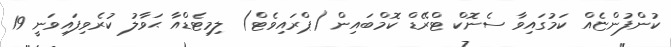
ކުންފުންޏެއް ކަމުގައިވާ ސެނޮކް ޓްރޭޑް ކޮމްބައިން (ޕްރައިވެޓް) ލިމިޓެޑްއާ ޙަވާލު ކުރެވިފައިވަނީ 19